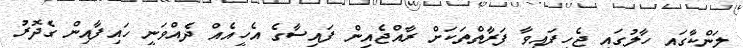
ލަންކާގައި ހާލުގައި ޖެހިފައިވާ ފަރާތްތަކަށް ރާއްޖެއިން ފައިސާގެ އެހީއެއް ދެއްވަނީ ހައިފާއިން ގެދޮރު